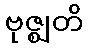
ဗုဇ္ဈတိ